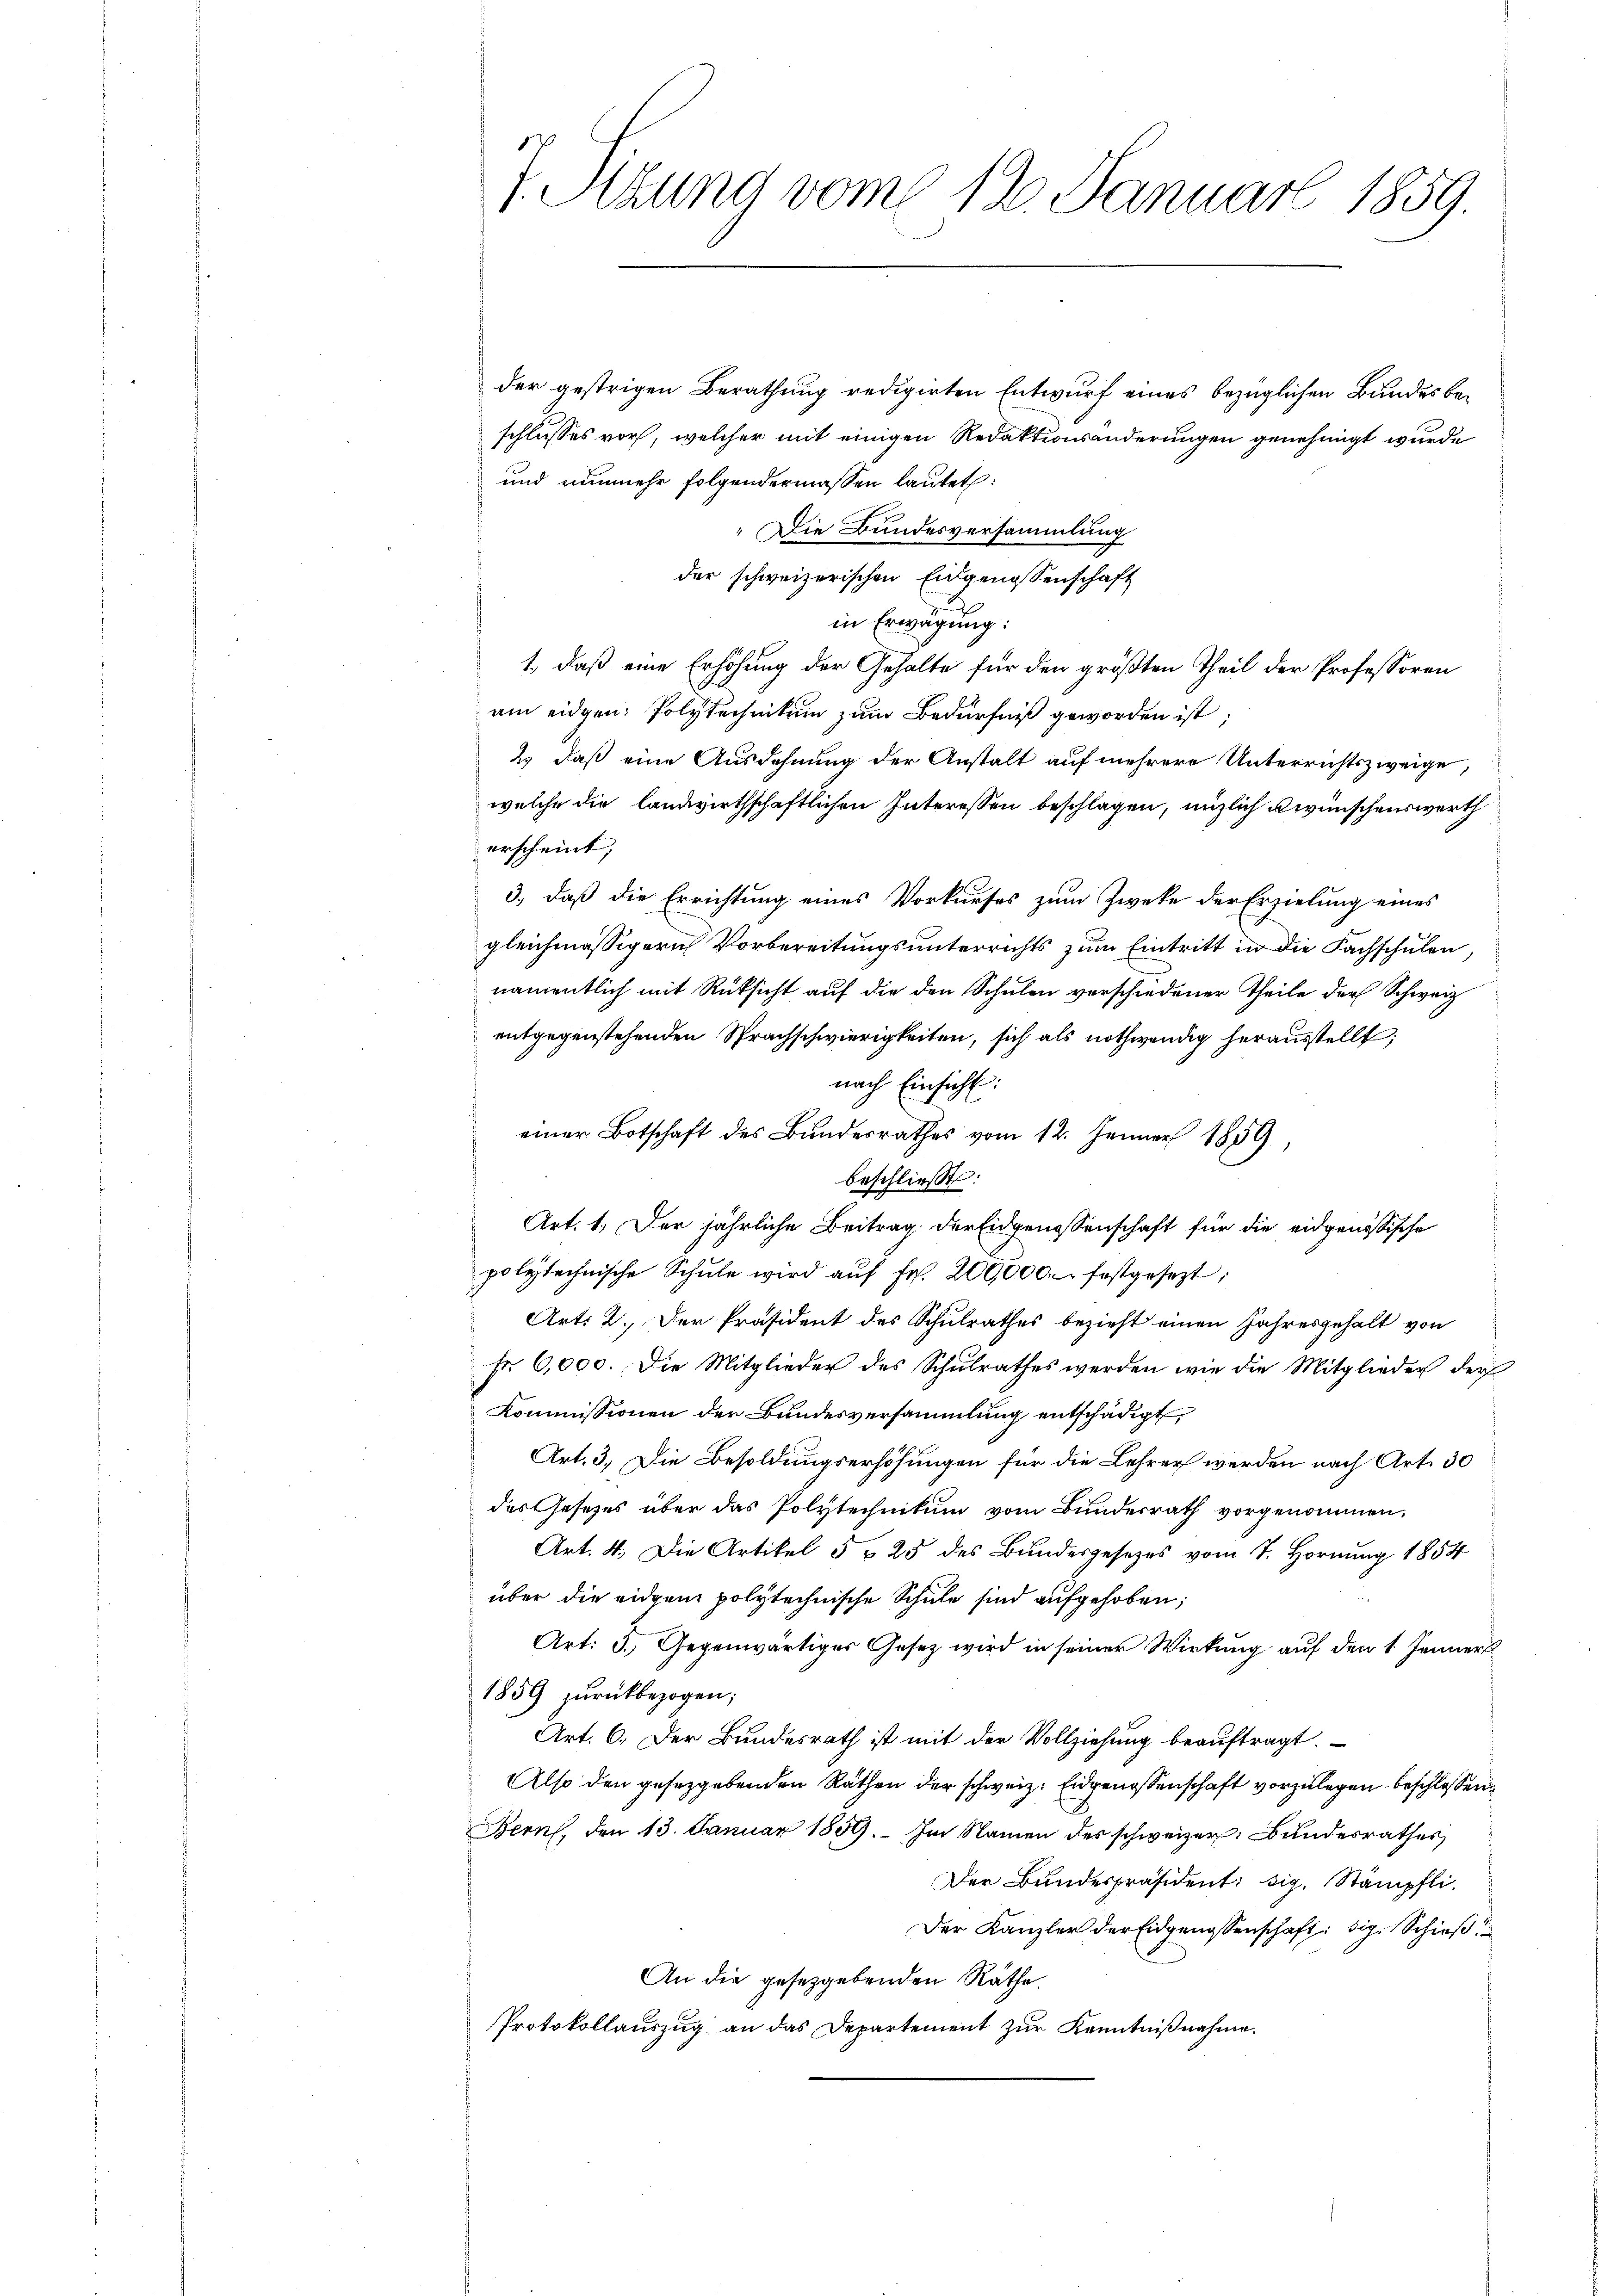
der gestrigen Berathung redigirten Entwurf eines bezüglichen Bundes beschlusses vor, welcher mit einigen Redaktionsänderungen genehmigt wurde
und nunmehr folgendermassen lautet:
„Die Bundesversammlung
der schweizerischen Eidgenossenschaft
in Erwägung:
1., daß eine Erhöhung der Gehalte für den größten Theil der Professoren
am eidgen: Polytechnikum zum Bedürfniß geworden ist;
2) daß eine Ausdehnung der Anstalt auf mehrere Unterrichtszweige,
welche die landwirthschaftlichen Interessen beschlagen, miglich u wünschenswerth
erscheint;
3., daß die Errichtung eines Vorkurses zum Zwecke der Erzielung eines
gleichmässigern Vorbereitungsunterrichts zum Eintritt in die Fachschulen
namentlich mit Rüksicht auf die den Schulen verschiedener Theile der Schweiz
entgegenstehenden Sprachschwierigkeiten, sich als nothwendig herausstellt;
nach Einsicht:
einer Botschaft des Bŭndesrathes vom 12. Jenner 1859,
beschließt:
Art. 1. Der jährliche Beitrag der Eidgenossenschaft für die eidgenössische
polytechnische Schŭle wird aŭf Fr. 200,000 festgesezt;
Art: 2. Der Präsident des Schulrathes bezieht einen Jahresgehalt von
fr 6,000. Die Mitglieder des Schulrathes werden wie die Mitglieder der
Kommissionen der Bundesversammlung entschädigt,
Art. 3. Die Besoldungserhöhungen für die Lehrer werden nach Art. 30
des Gesetzes über das Polytechnikum vom Bundesrath vorgenommen.
Art. 4. Die Artikel 3 " 25 des Bundesgesetzes vom 7. Hornung 1854
über die eidgen polytechnische Schule sind aufgehoben;
Art: 3. Gegenwärtiges Gesetz wird in seiner Wirkung auf den 1. Jenner
1859 zurückbezogen;
Art. 6. Der Bundesrath ist mit der Vollziehung beauftragt.
Also den gesetzgebenden Räthen der schweiz. Eidgenossenschaft vorzulegen beschlossen
Bern, den 13. Januar 1859. Im Namen des schweizer, Bundesrathes
Der Bundespräsident: sig. Stämpfli
Der Kanzler der Eidgenossenschaft: dig. Schieß
An die gesetzgebenden Räthe.
Protokollauszug an das Departement zur Kenntnißnahme.

1. Sitzung vom 12. Januar 1859.